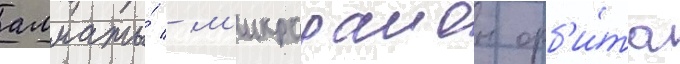
алматы́ - м'икрораион орб'и́та